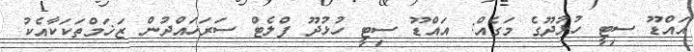
އައްޑޫ ސިޓީ ހުޅުދޫގެ މަގެއް: އައްޑޫ ސިޓީ ހުޅުދޫ ފްލެޓް ސަރަހައްދުން ޒަޚަމްތަކަކާއެކު